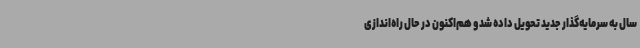
سال به سرمایه‌گذار جدید تحویل داده شد و هم‌اکنون در حال راه‌اندازی